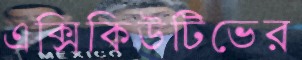
এক্সিকিউটিভের